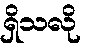
ရှိသလို